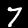
Digit: 7